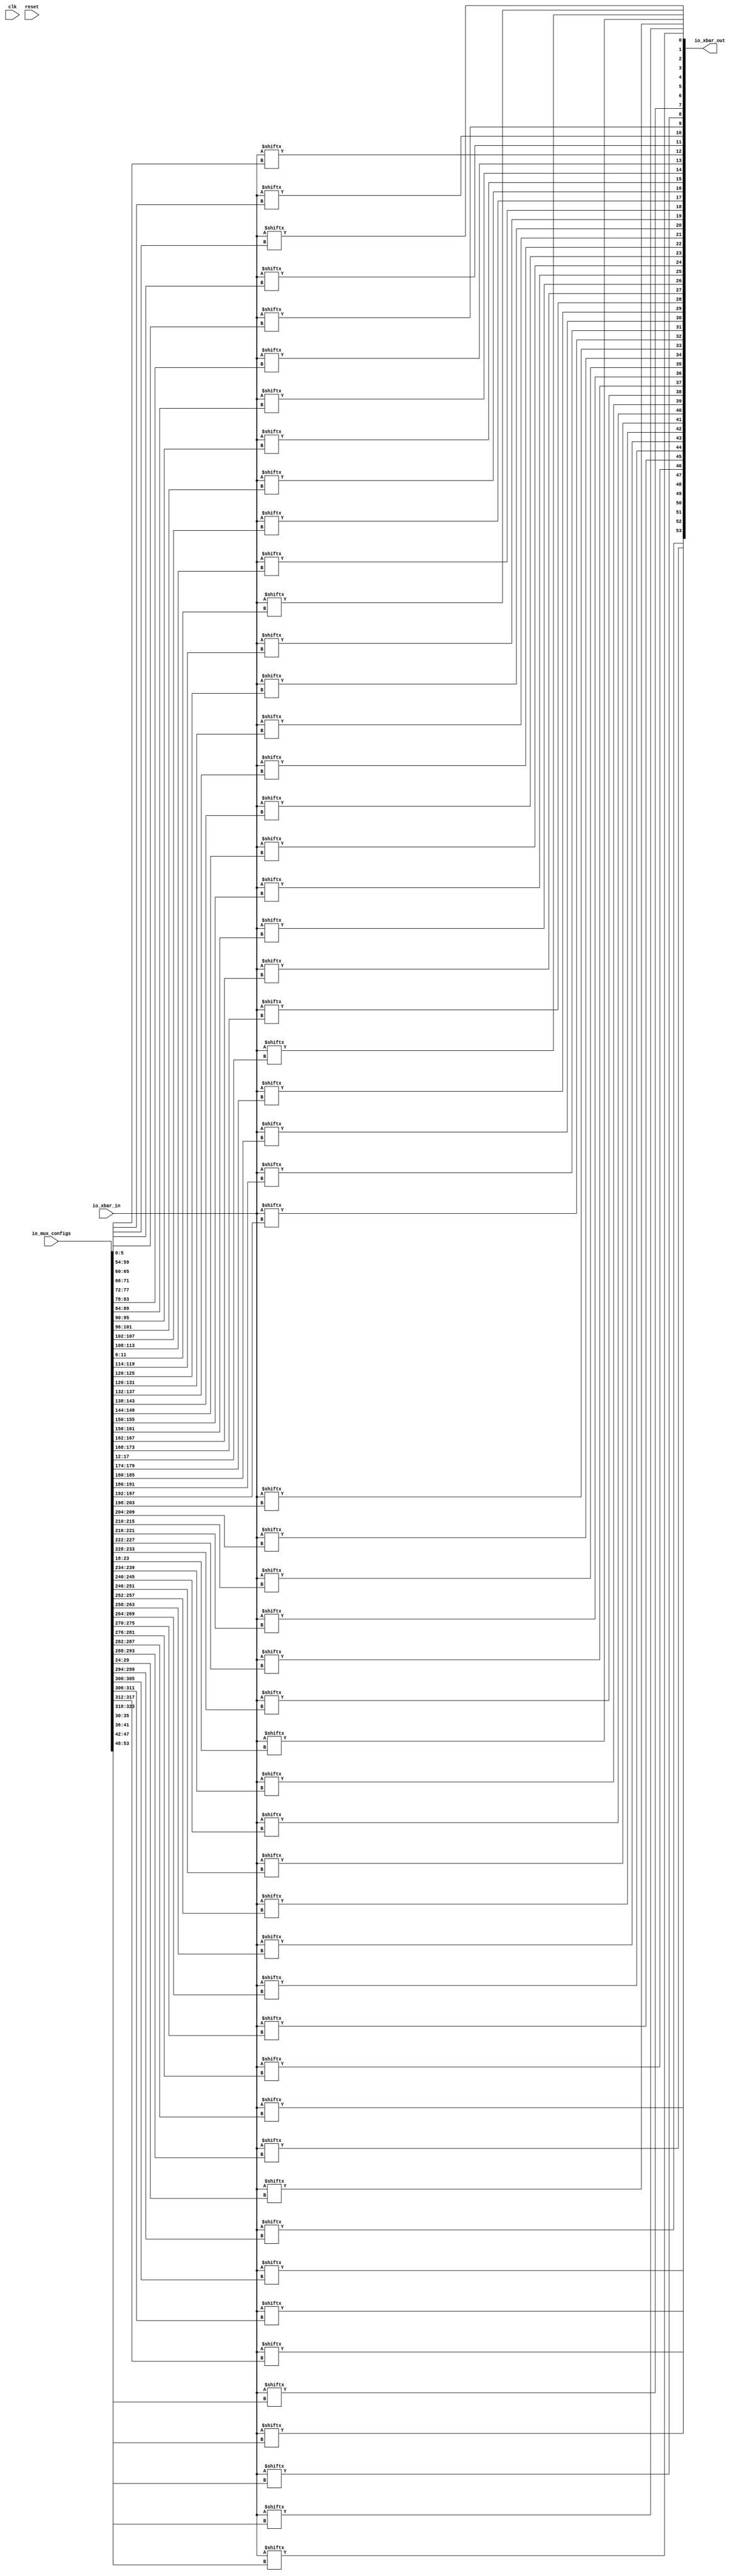
module xbar(input clk, input reset,
    input [38:0] io_xbar_in,
    output [53:0] io_xbar_out,
    input [323:0] io_mux_configs);

    assign io_xbar_out[0] = io_xbar_in[io_mux_configs[5:0]];
    assign io_xbar_out[1] = io_xbar_in[io_mux_configs[11:6]];
    assign io_xbar_out[2] = io_xbar_in[io_mux_configs[17:12]];
    assign io_xbar_out[3] = io_xbar_in[io_mux_configs[23:18]];
    assign io_xbar_out[4] = io_xbar_in[io_mux_configs[29:24]];
    assign io_xbar_out[5] = io_xbar_in[io_mux_configs[35:30]];
    assign io_xbar_out[6] = io_xbar_in[io_mux_configs[41:36]];
    assign io_xbar_out[7] = io_xbar_in[io_mux_configs[47:42]];
    assign io_xbar_out[8] = io_xbar_in[io_mux_configs[53:48]];
    assign io_xbar_out[9] = io_xbar_in[io_mux_configs[59:54]];
    assign io_xbar_out[10] = io_xbar_in[io_mux_configs[65:60]];
    assign io_xbar_out[11] = io_xbar_in[io_mux_configs[71:66]];
    assign io_xbar_out[12] = io_xbar_in[io_mux_configs[77:72]];
    assign io_xbar_out[13] = io_xbar_in[io_mux_configs[83:78]];
    assign io_xbar_out[14] = io_xbar_in[io_mux_configs[89:84]];
    assign io_xbar_out[15] = io_xbar_in[io_mux_configs[95:90]];
    assign io_xbar_out[16] = io_xbar_in[io_mux_configs[101:96]];
    assign io_xbar_out[17] = io_xbar_in[io_mux_configs[107:102]];
    assign io_xbar_out[18] = io_xbar_in[io_mux_configs[113:108]];
    assign io_xbar_out[19] = io_xbar_in[io_mux_configs[119:114]];
    assign io_xbar_out[20] = io_xbar_in[io_mux_configs[125:120]];
    assign io_xbar_out[21] = io_xbar_in[io_mux_configs[131:126]];
    assign io_xbar_out[22] = io_xbar_in[io_mux_configs[137:132]];
    assign io_xbar_out[23] = io_xbar_in[io_mux_configs[143:138]];
    assign io_xbar_out[24] = io_xbar_in[io_mux_configs[149:144]];
    assign io_xbar_out[25] = io_xbar_in[io_mux_configs[155:150]];
    assign io_xbar_out[26] = io_xbar_in[io_mux_configs[161:156]];
    assign io_xbar_out[27] = io_xbar_in[io_mux_configs[167:162]];
    assign io_xbar_out[28] = io_xbar_in[io_mux_configs[173:168]];
    assign io_xbar_out[29] = io_xbar_in[io_mux_configs[179:174]];
    assign io_xbar_out[30] = io_xbar_in[io_mux_configs[185:180]];
    assign io_xbar_out[31] = io_xbar_in[io_mux_configs[191:186]];
    assign io_xbar_out[32] = io_xbar_in[io_mux_configs[197:192]];
    assign io_xbar_out[33] = io_xbar_in[io_mux_configs[203:198]];
    assign io_xbar_out[34] = io_xbar_in[io_mux_configs[209:204]];
    assign io_xbar_out[35] = io_xbar_in[io_mux_configs[215:210]];
    assign io_xbar_out[36] = io_xbar_in[io_mux_configs[221:216]];
    assign io_xbar_out[37] = io_xbar_in[io_mux_configs[227:222]];
    assign io_xbar_out[38] = io_xbar_in[io_mux_configs[233:228]];
    assign io_xbar_out[39] = io_xbar_in[io_mux_configs[239:234]];
    assign io_xbar_out[40] = io_xbar_in[io_mux_configs[245:240]];
    assign io_xbar_out[41] = io_xbar_in[io_mux_configs[251:246]];
    assign io_xbar_out[42] = io_xbar_in[io_mux_configs[257:252]];
    assign io_xbar_out[43] = io_xbar_in[io_mux_configs[263:258]];
    assign io_xbar_out[44] = io_xbar_in[io_mux_configs[269:264]];
    assign io_xbar_out[45] = io_xbar_in[io_mux_configs[275:270]];
    assign io_xbar_out[46] = io_xbar_in[io_mux_configs[281:276]];
    assign io_xbar_out[47] = io_xbar_in[io_mux_configs[287:282]];
    assign io_xbar_out[48] = io_xbar_in[io_mux_configs[293:288]];
    assign io_xbar_out[49] = io_xbar_in[io_mux_configs[299:294]];
    assign io_xbar_out[50] = io_xbar_in[io_mux_configs[305:300]];
    assign io_xbar_out[51] = io_xbar_in[io_mux_configs[311:306]];
    assign io_xbar_out[52] = io_xbar_in[io_mux_configs[317:312]];
    assign io_xbar_out[53] = io_xbar_in[io_mux_configs[323:318]];

endmodule